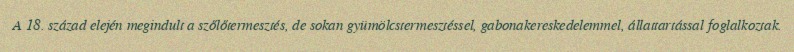
A 18. század elején megindult a szőlőtermesztés, de sokan gyümölcstermesztéssel, gabonakereskedelemmel, állattartással foglalkoztak.